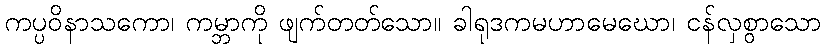
ကပ္ပဝိနာသကော၊ ကမ္ဘာကို ဖျက်တတ်သော။ ခါရုဒကမဟာမေဃော၊ ငန်လှစွာသော